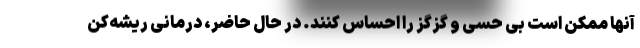
آنها ممکن است بی حسی و گزگز را احساس کنند. در حال حاضر، درمانی ریشه‌کن